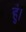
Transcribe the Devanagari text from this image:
हुं।